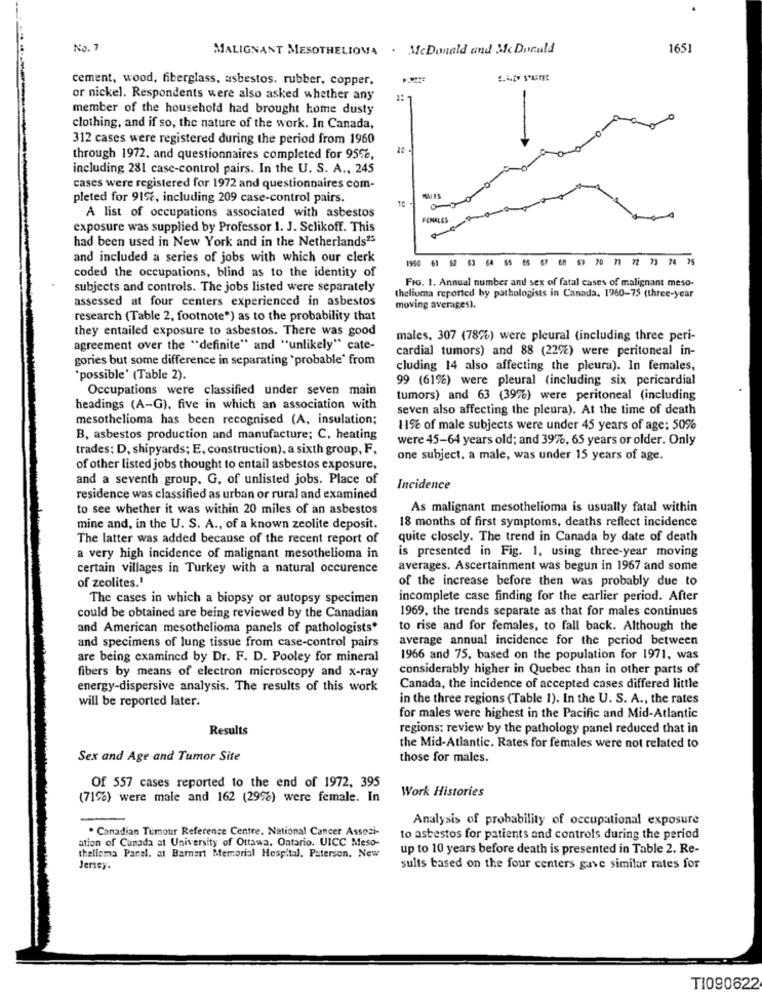
No. 7
MALIGNANT MESOTHELIOMA . McDonald and Mc Donald
1651
cement, wood, fiberglass, asbestos. rubber, copper,
S.WEY STATE
or nickel. Respondents were also asked whether any
member of the household had brought home dusty
clothing, and if so, the nature of the work. In Canada,
312 cases were registered during the period from 1960
through 1972, and questionnaires completed for 95%,
including 281 case-control pairs. In the U. S. A ., 245
cases were registered for 1972 and questionnaires com-
pleted for 91%, including 209 case-control pairs.
A list of occupations associated with asbestos
FEMALES
exposure was supplied by Professor 1. J. Sclikoff. This
had been used in New York and in the Netherlands23
and included a series of jobs with which our clerk
1950 61 52 63 64 65 05 67 68 69 20 71 72 73 74 75
coded the occupations, blind as to the identity of
FIG. 1. Annual number and sex of fatal cases of malignant meso-
subjects and controls. The jobs listed were separately
assessed at four centers experienced in asbestos
thelioma reported by pathologists in Canada. 1960-75 (three-year
moving averages).
research (Table 2, footnote") as to the probability that
they entailed exposure to asbestos. There was good
males, 307 (78%) were pleural (including three peri-
agreement over the "definite" and "unlikely" cate-
cardial tumors) and 88 (22%) were peritoneal in-
gories but some difference in separating *probable' from
cluding 14 also affecting the pleura). In females,
*possible' (Table 2).
99 (61%) were pleural (including six pericardial
Occupations were classified under seven main
tumors) and 63 (39%) were peritoneal (including
headings (A-G), five in which an association with
seven also affecting the pleura). At the time of death
mesothelioma has been recognised (A, insulation;
11% of male subjects were under 45 years of age; 50%
B, asbestos production and manufacture; C, heating
were 45-64 years old; and 39%, 65 years or older. Only
trades: D, shipyards; E, construction), a sixth group, F.
one subject, a male, was under 15 years of age.
of other listed jobs thought to entail asbestos exposure,
and a seventh group, G, of unlisted jobs. Place of
Incidence
residence was classified as urban or rural and examined
to see whether it was within 20 miles of an asbestos
As malignant mesothelioma is usually fatal within
18 months of first symptoms, deaths reflect incidence
mine and, in the U. S. A ., of a known zeolite deposit.
The latter was added because of the recent report of
quite closely. The trend in Canada by date of death
is presented in Fig. 1, using three-year moving
a very high incidence of malignant mesothelioma in
certain villages in Turkey with a natural occurence
averages. Ascertainment was begun in 1967 and some
of the increase before then was probably due to
of zeolites.'
The cases in which a biopsy or autopsy specimen
incomplete case finding for the earlier period. After
1969, the trends separate as that for males continues
could be obtained are being reviewed by the Canadian
and American mesothelioma panels of pathologists*
to rise and for females, to fall back. Although the
average annual incidence for the period between
and specimens of lung tissue from case-control pairs
are being examined by Dr. F. D. Pooley for mineral
1966 and 75, based on the population for 1971, was
fibers by means of electron microscopy and x-ray
considerably higher in Quebec than in other parts of
energy-dispersive analysis. The results of this work
Canada, the incidence of accepted cases differed little
will be reported later.
in the three regions (Table 1). In the U. S. A ., the rates
for males were highest in the Pacific and Mid-Atlantic
Results
regions: review by the pathology panel reduced that in
the Mid-Atlantic. Rates for females were not related to
Sex and Age and Tumor Site
those for males.
Of 557 cases reported to the end of 1972, 395
Work Histories
(71%) were male and 162 (29%) were female. In
Analysis of probability of occupational exposure
. Canadian Tumour Reference Centre. National Cancer Assosi-
ation of Cunada at University of Ottawa, Ontario. UICC Meso-
to asbestos for patients and controls during the period
up to 10 years before death is presented in Table 2. Re-
thelioma Panel. at Barnart Memorial Hospital, Paterson, New
Jersey.
sults based on the four centers gave similar rates for
T1090622